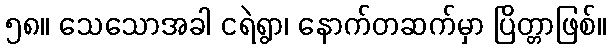
၅၈။ သေသောအခါ ငရဲရွာ၊ နောက်တဆက်မှာ ပြိတ္တာဖြစ်။